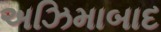
અઝિમાબાદ